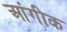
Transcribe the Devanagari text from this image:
आंगीक